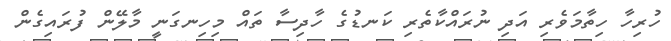
ހުރިހާ ހިތާމަވެރި އަދި ނުރައްކާތެރި ކަނޑުގެ ހާދިސާ ތައް މިހިނގަނީ މާލޭން ފުރައިގެން